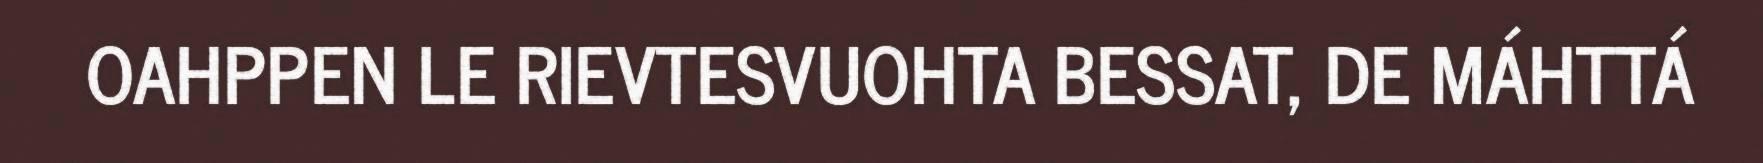
OAHPPEN LE RIEVTESVUOHTA BESSAT, DE MÁHTTÁ